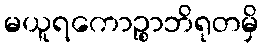
မယူရကောဉ္စာဘိရုတမှိ